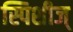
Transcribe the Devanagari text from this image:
स्पिशीज्‌